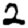
Digit: 2